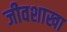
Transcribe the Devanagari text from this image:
जीवशाखा